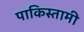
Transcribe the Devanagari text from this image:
पाकिस्तामी